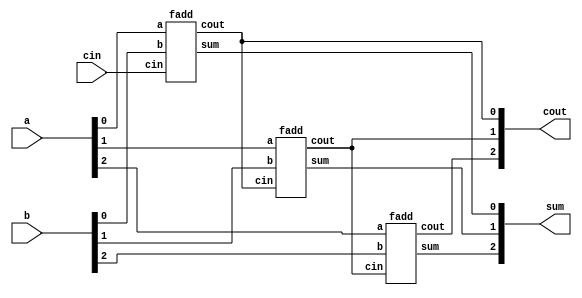
module top_module( 
    input [2:0] a, b,
    input cin,
    output [2:0] cout,
    output [2:0] sum );
    fadd f0 (a[0],b[0],cin,cout[0],sum[0]);
    fadd f1 (a[1],b[1],cout[0],cout[1],sum[1]);
    fadd f2 (a[2],b[2],cout[1],cout[2],sum[2]);    
endmodule
module fadd( 
    input a, b, cin,
    output cout, sum );
    assign sum=a^b^cin;
    assign cout=(a&b) | (b&cin) | (a&cin);

endmodule